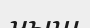
чыш